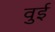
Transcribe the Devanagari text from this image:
वुई